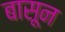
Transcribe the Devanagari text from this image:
बासून